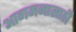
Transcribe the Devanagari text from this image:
आगमनासाठी